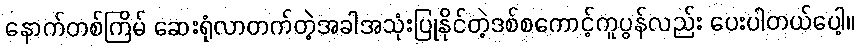
နောက်တစ်ကြိမ် ဆေးရုံလာတက်တဲ့အခါအသုံးပြုနိုင်တဲ့ဒစ်စကောင့်ကူပွန်လည်း ပေးပါတယ်ပေါ့။